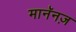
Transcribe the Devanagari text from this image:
मानॅनज़